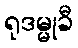
ရုဒမ္မုခီ